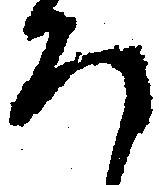
ろ